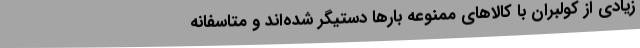
زیادی از کولبران با کالاهای ممنوعه بارها دستیگر شده‌اند و متاسفانه